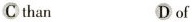
C than D of